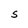
Character: S